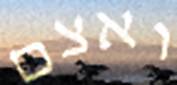
ואצם